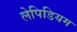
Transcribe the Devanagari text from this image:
लेपिडियम